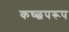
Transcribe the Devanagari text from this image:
कच्छपरूप